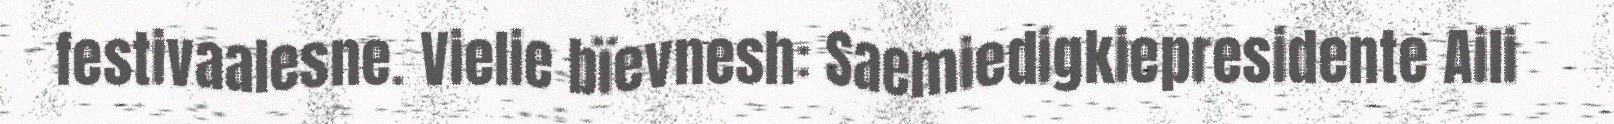
festivaalesne. Vielie bïevnesh: Saemiedigkiepresidente Aili